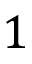
1